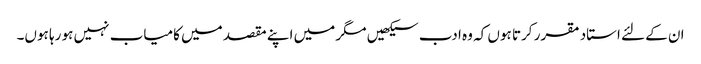
ان کے لئے استاد مقرر کرتا ہوں کہ وہ ادب سیکھیں مگر میں اپنے مقصد میں کامیاب نہیں ہو رہا ہوں۔